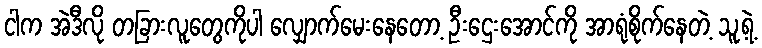
ငါက အဲဒီလို တခြားလူတွေကိုပါ လျှောက်မေးနေတော့ ဦးဌေးအောင်ကို အာရုံစိုက်နေတဲ့ သူ့ရဲ့